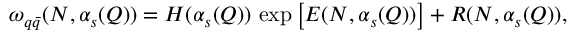
\omega _ { q \bar { q } } ( N , \alpha _ { s } ( Q ) ) = H ( \alpha _ { s } ( Q ) ) \, \exp \left[ E ( N , \alpha _ { s } ( Q ) ) \right] + R ( N , \alpha _ { s } ( Q ) ) ,